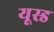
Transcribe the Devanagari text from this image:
यूस्ड